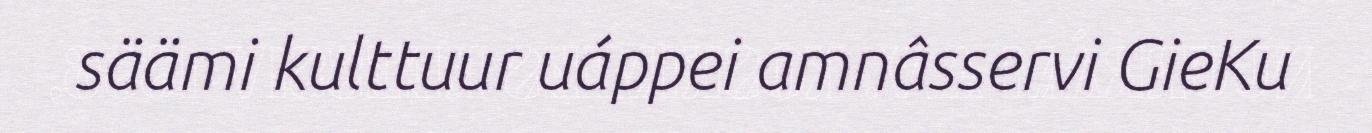
säämi kulttuur uáppei amnâsservi GieKu